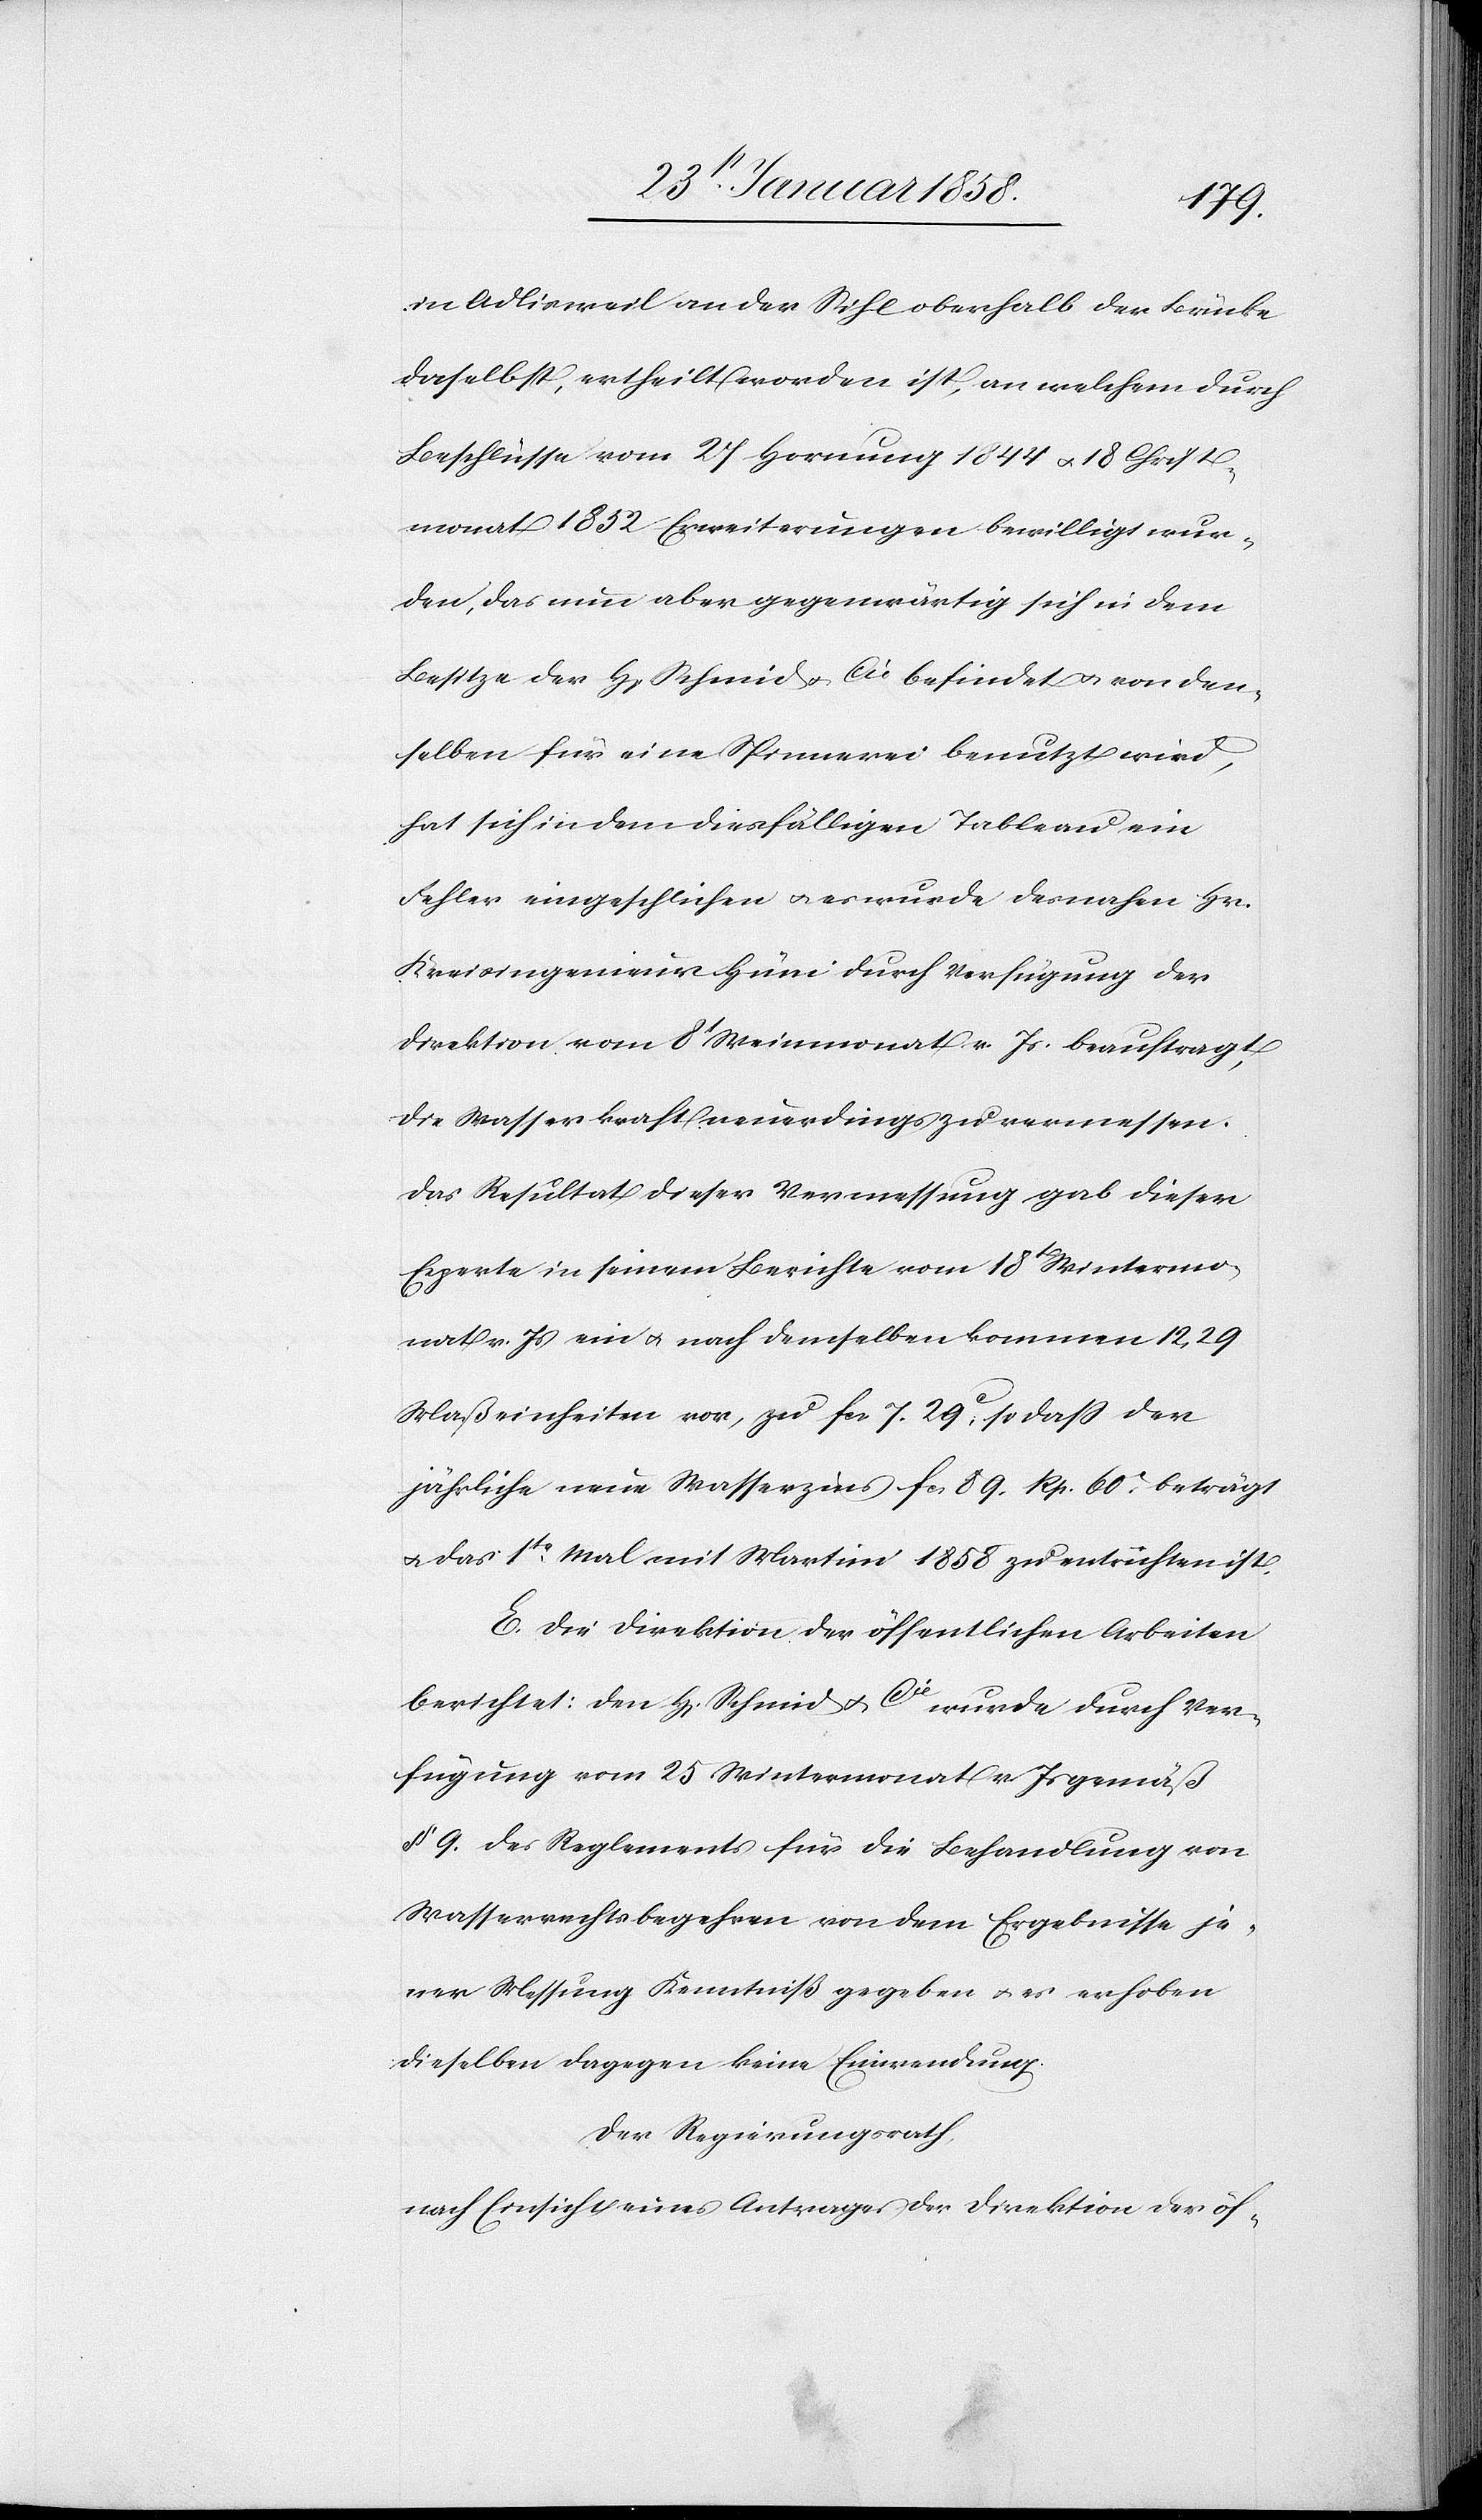
in Adilsweil an der Sihl oberhalb der Brücke
daselbst, ertheilt worden ist, an welchem durch
Beschlüsse vom 27 Hornung 1844 u. 18 Christ¬
monat 1852 Erweiterungen bewilligt wur¬
den, das nun aber gegenwärtig sich in dem
Besitze der H. Schmid & Cie befindet u. von den¬
selben für eine Spinnerei benutzt wird,
hat sich in dem diesfälligen Tableau ein
Fehler eingeschlichen u. es wurde desnahen Hr.
Kreisingenieur Hüni durch Verfügung der
Direktion vom 8t Weinmonat v. Js. beauftragt,
die Wasserkraft neuerdings zu vermessen.
Das Resultat dieser Vermessung gab dieser
Experte in seinem Berichte vom 18t Wintermo¬
nat v. Js ein u. nach demselben kommen 12,29
Maßeinheiten vor, zu fcs. 7. 29 c, so daß der
jährliche neue Wasserzins fcs. 89. Rp. 60 beträgt
u. das 1te Mal mit Martini 1858 zu entrichten ist.
E. Die Direktion der öffentlichen Arbeiten
berichtet: den H. Schmid & Cie wurde durch Ver¬
fügung vom 25 Wintermonat v. Js gemäß
§ 9. des Reglements für die Behandlung von
Wasserrechtsbegehren von dem Ergebnisse je¬
ner Messung Kenntniß gegeben u. es erhoben
dieselben dagegen keine Einwendung.
Der Regierungsrath,
nach Einsicht eines Antrages der Direktion der öf-